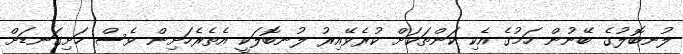
ލުނބޮލުގެ ބޭނުން ހަމުގެ އެކި ކަންތަކަށް ކުރެވޭއިރު ލުނބޮލަކީ އެތެރެހަށިން ވެސް ހަށިގަނޑަށް